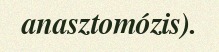
anasztomózis).